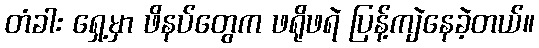
တံခါး ရှေ့မှာ ဖိနပ်တွေက ဖရိုဖရဲ ပြန့်ကျဲနေခဲ့တယ်။